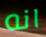
انه